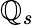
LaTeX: \mathbb{Q}_{s}